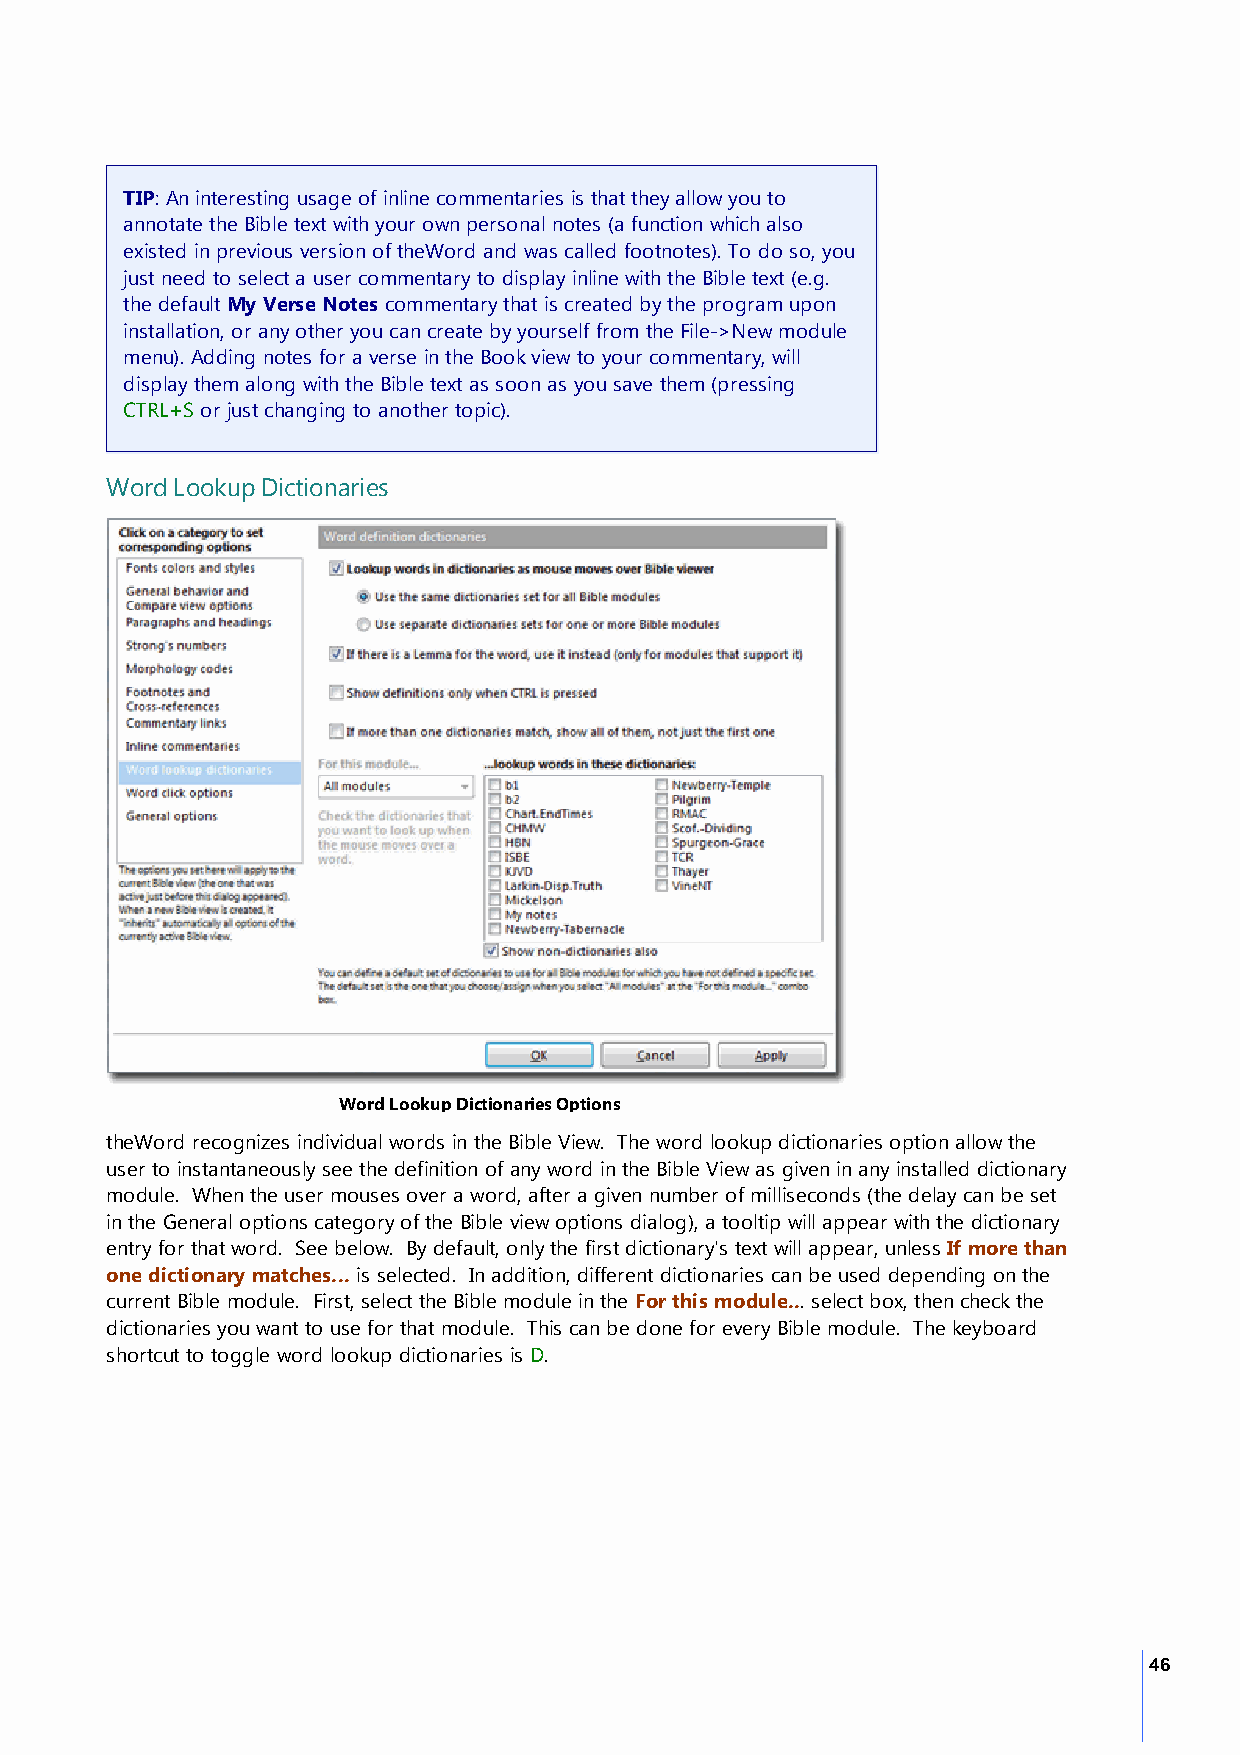
TIP: An interesting usage of inline commentaries is that they allow you to
 annotate the Bible text with your own personal notes (a function which also
 existed in previous version of theWord and was called footnotes). To do so, you
 just need to select a user commentary to display inline with the Bible text (e.g.
 the default My Verse Notes commentary that is created by the program upon
 installation, or any other you can create by yourself from the File->New module
 menu). Adding notes for a verse in the Book view to your commentary, will
 display them along with the Bible text as soon as you save them (pressing
 CTRL+S or just changing to another topic).
 Word Lookup Dictionaries
 Word Lookup Dictionaries Options
 theWord recognizes individual words in the Bible View. The word lookup dictionaries option allow the
 user to instantaneously see the definition of any word in the Bible View as given in any installed dictionary
 module. When the user mouses over a word, after a given number of milliseconds (the delay can be set
 in the General options category of the Bible view options dialog), a tooltip will appear with the dictionary
 entry for that word. See below. By default, only the first dictionary's text will appear, unless If more than
 one dictionary matches... is selected. In addition, different dictionaries can be used depending on the
 current Bible module. First, select the Bible module in the For this module... select box, then check the
 dictionaries you want to use for that module. This can be done for every Bible module. The keyboard
 shortcut to toggle word lookup dictionaries is D.
 46